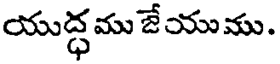
యుద్ధము జేయుము.